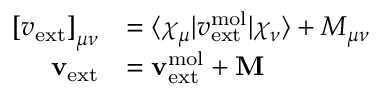
\begin{array} { r l } { \left[ v _ { \mathrm { e x t } } \right] _ { \mu \nu } } & { = \langle \chi _ { \mu } | v _ { \mathrm { e x t } } ^ { \mathrm { m o l } } | \chi _ { \nu } \rangle + M _ { \mu \nu } } \\ { \mathbf { v } _ { \mathrm { e x t } } } & { = \mathbf { v } _ { \mathrm { e x t } } ^ { \mathrm { m o l } } + \mathbf { M } } \end{array}